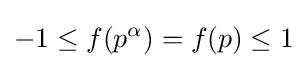
-1\leq f(p^{\alpha })=f(p)\leq 1